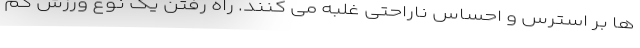
ها بر استرس و احساس ناراحتی غلبه می کنند. راه رفتن یک نوع ورزش کم